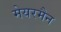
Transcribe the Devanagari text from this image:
मेयरमैन